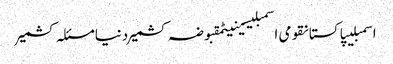
اسمبلیپاکستانقومی اسمبلیسینیٹمقبوضہ کشمیردنیامسئلہ کشمیر